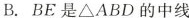
B.BE是△ABD的中线